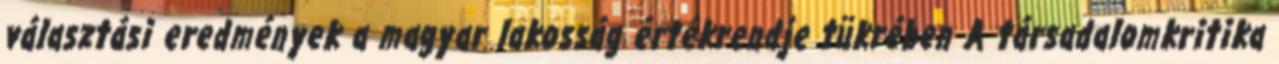
választási eredmények a magyar lakosság értékrendje tükrében A társadalomkritika